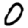
Digit: 0